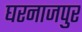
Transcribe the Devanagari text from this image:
घरनाजपुर